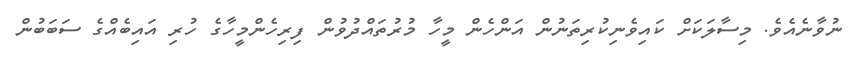
ނުވާނެއެވެ. މިސާލަކަށް ކައިވެނިކުރިތަނުން އަންހެން މީހާ މުރުތައްދުވުން ފިރިހެންމީހާގެ ހުރި އައިބެއްގެ ސަބަބުން